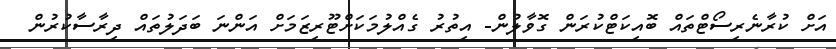
އަށް ކުރާނެރިސޯޓްތައް ބޮއިކަޓްކުރަން ގޮވާލުން- އިތުރު ގެއްލުމަކަށްޓޫރިޒަމަށް އަންނަ ބަދަލުތައް ދިރާސާކުރުން